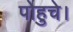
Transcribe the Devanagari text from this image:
पोहुचे।